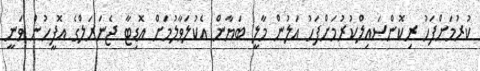
ކުރުމަށްފަހު ރިކޮންސައިލްކުރުމަށްފަހު އަލުން މާލީ ބަޔާން އެކުލަވާލުމަށް އޮޑިޓާ ޖެނަރަލްގެ އޮފީހުން ވަނީ